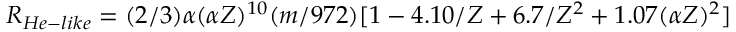
R _ { H e - l i k e } = ( 2 / 3 ) \alpha ( \alpha Z ) ^ { 1 0 } ( m / 9 7 2 ) [ 1 - 4 . 1 0 / Z + 6 . 7 / Z ^ { 2 } + 1 . 0 7 ( \alpha Z ) ^ { 2 } ]